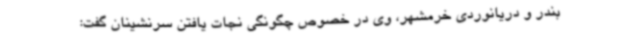
بندر و دریانوردی خرمشهر، وی در خصوص چگونگی نجات یافتن سرنشینان گفت: